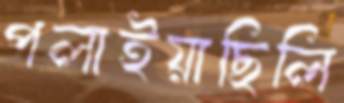
পলাইয়াছিলি